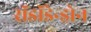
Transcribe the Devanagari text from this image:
रॉडॉडेन्ड्रोन